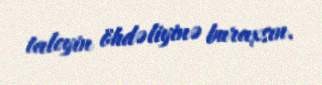
taleyin öhdəliyinə buraxsın.